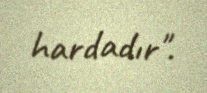
hardadır".